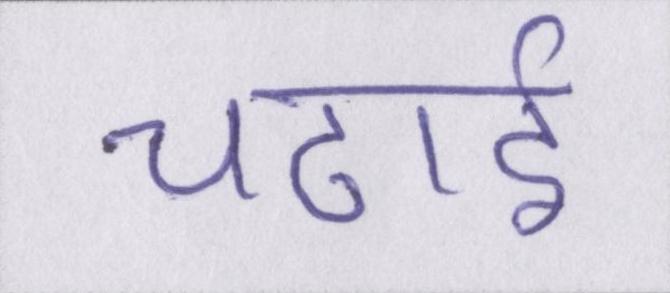
चढाई